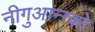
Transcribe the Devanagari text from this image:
नीगुआन्ग्को